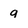
Character: g